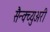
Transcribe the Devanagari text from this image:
सैन्क्च्युअरी